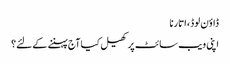
ڈاؤن لوڈ، اتارنا
اپنی ویب سائٹ پر کھیل کیا آج پہننے کے لئے؟